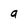
Character: a